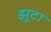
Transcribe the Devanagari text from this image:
झूटा